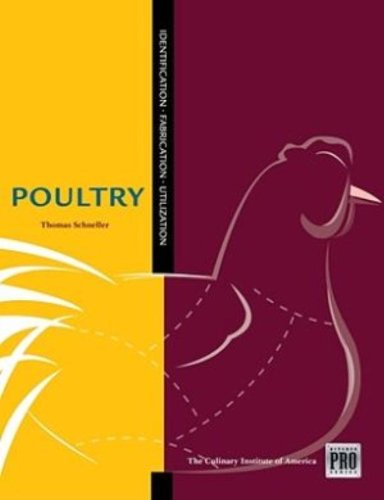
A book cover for The Kitchen Pro Series: Guide to Poultry Identification, Fabrication and Utilization; Thomas Schneller; Cookbooks, Food & Wine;